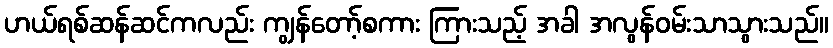
ဟယ်ရစ်ဆန်ဆင်ကလည်း ကျွန်တော့်စကား ကြားသည့် အခါ အလွန်ဝမ်းသာသွားသည်။